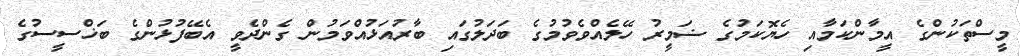
މީސްތަކުންގެ އީމާންކަމާއި ހެޔޮކަމުގެ ޟަމީރު ހޭލެއްވެވުމުގެ ބަދަލުގައި ބާރުއަޅުއްވަމުން ގެންދެވީ އެބޭފުޅުންގެ ބަޚްސީސުގެ